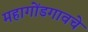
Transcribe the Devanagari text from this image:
महागोंडगावचे